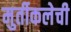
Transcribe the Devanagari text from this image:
मुर्तीकलेची